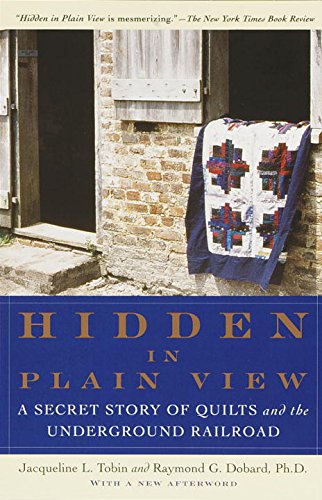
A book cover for Hidden in Plain View: A Secret Story of Quilts and the Underground Railroad; Jacqueline L. Tobin; History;